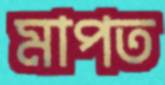
মাপত